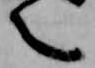
言